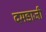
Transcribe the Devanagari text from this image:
दमडाजी